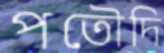
পতৌদি